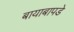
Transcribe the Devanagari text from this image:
बायाबापडे